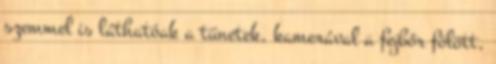
szemmel is láthatóak a tünetek, kamerával a fejbőr fölött,